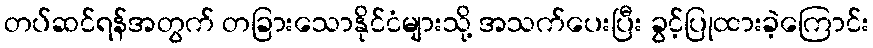
တပ်ဆင်ရန်အတွက် တခြားသောနိုင်ငံများသို့ အသက်ပေးပြီး ခွင့်ပြုထားခဲ့ကြောင်း